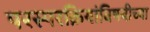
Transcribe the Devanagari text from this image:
परस्परक्रियांविषयीच्या